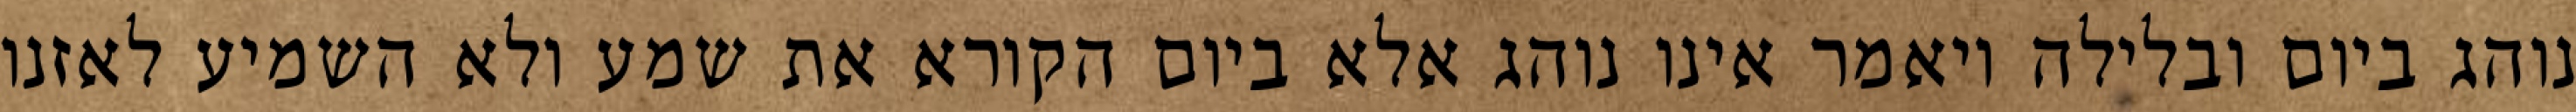
נוהג ביום ובלילה ויאמר אינו נוהג אלא ביום הקורא את שמע ולא השמיע לאזנו